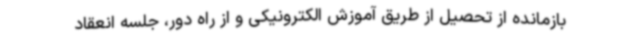
بازمانده از تحصیل از طریق آموزش الکترونیکی و از راه دور، جلسه انعقاد